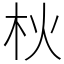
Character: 𣏹